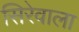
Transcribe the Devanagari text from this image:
सिरेवाला